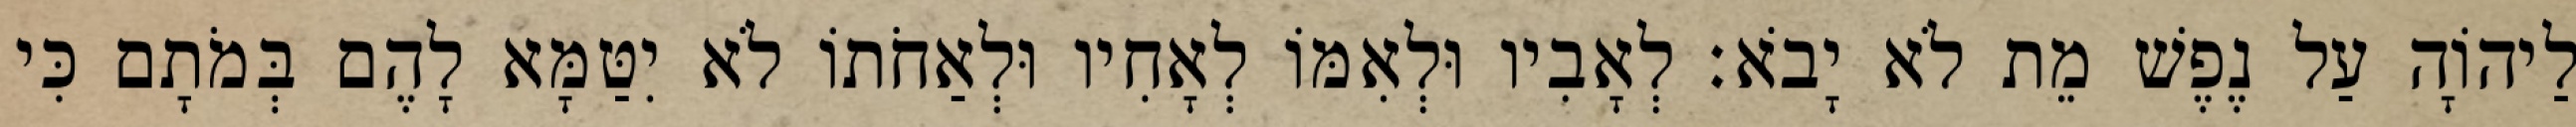
לַיהוָֹה עַל נֶפֶשׁ מֵת לֹא יָבֹא׃ לְאָבִיו וּלְאִמּוֹ לְאָחִיו וּלְאַחֹתוֹ לֹא יִטַּמָּא לָהֶם בְּמֹתָם כִּי